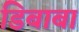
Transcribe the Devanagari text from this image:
डिबाबा